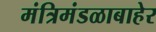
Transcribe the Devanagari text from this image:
मंत्रिमंडळाबाहेर